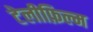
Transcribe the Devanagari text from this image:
टेलीफ़िल्म